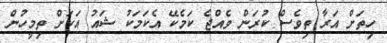
ހިތަށް އަރާ ތިވެސް ކުރަން ވެއްޖެ ކަމެކޭ އެކަމަކު ޝައު އަކަށް ތިމީހުން